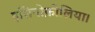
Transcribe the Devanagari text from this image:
इसिनोफ़ीलिया।